Vital statistics of India. Vol. VI, European troops 1870-79
Year: 1870
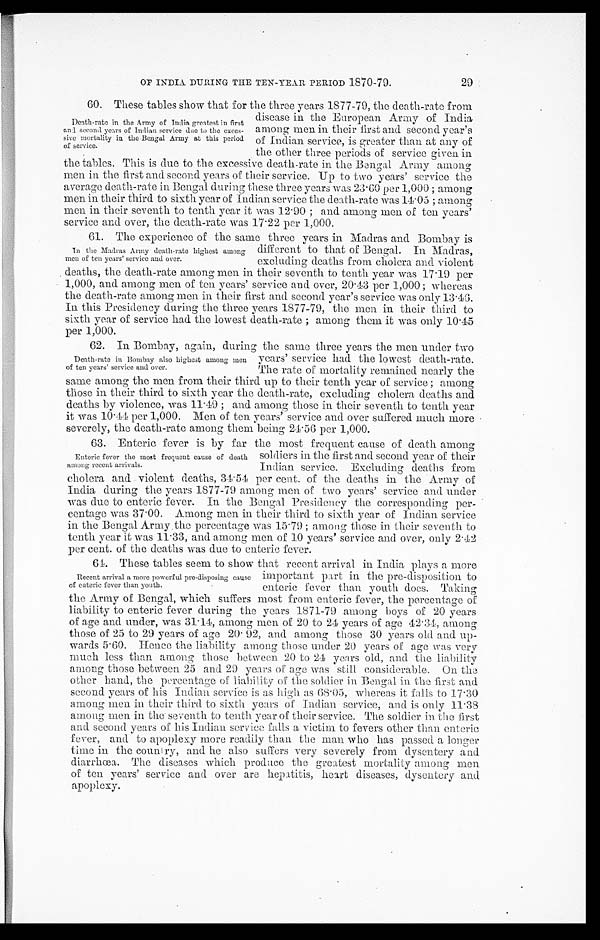
OF INDIA DURING THE TEN-YEAR PERIOD 1870-79.
60. These tables show that for the three years 1877-79, the death-rate from
disease in the European Army of India
among men in their first and second year's
of Indian service, is greater than at any of
the other three p
eriods of service given in
the tables. This is due to the excessive death-rate in the Bengal Army among
men in the first and second years of their service. Up to two years' service the
average death-rate in Bengal during these three years was 2
3
.
60 per 1,000 ; among
men in their third to sixth year of Indian service the death-rate was 1
4
.
05 ; among
men in their seventh to tenth year it was 12
.
90 ; and among men of ten years'
service and over, the death-rate was 17
.
22 per 1,000.
61. The experience of the same three years in Madras and Bombay is
2 9
Death-rate in the Army of India greatest in first
and second years of Indian service due to the exces-
sive mortality in the Bengal Army at this period
of service.
In the Madras Army death-rate highest among
men of ten years' service and over.
different to that of Bengal. In Madras,
excluding deaths from cholera and violent
deaths, the death-rate among men in their seventh to tenth year was 17
.
19 per
1,000, and among men of ten years' service and over, 20
.
43 per 1,000 ; whereas
the death-rate among men in their first and second year's service was only 13
.
46.
In this Presidency during the three years 1877-79, the men in their third to
sixth year of service had the lowest death-rate ; among them it was only 10
.
45
per 1,000.
62. In Bombay, again, during the same three years the men under two
Death-rate in Bombay also highest among men
of ten years' service and over.
years' service had the lowest death-rate.
The rate of mortality remained nearly the
same among the men from their third up to their tenth year of service ; among
those in their third to sixth year the death-rate, excluding cholera deaths and
deaths by violence, was
11
.
49 ; and among those in their seventh to tenth year
it was 10 .44 per 1,000. Men of ten years' service and over suffered much more
severely, the death-rate among them being 2
4
.
56 per 1,000.
63. Enteric fever is by far the most frequent cause of death among
Enteric fever the most frequent cause of death
among recent arrivals.
soldiers in the first and second year of their
Indian service. Excluding deaths from
cholera and violent deaths,
34
.
54 per cent. of the deaths in the Army of
India during the years 1877-79 among men of two years' service and under
was due to enteric fever. In the Bengal Presidency the corresponding per-
centage was 37
.
00. Among men in their third to sixth year of Indian service
in the Bengal Army the percentage was 15
.
79 ; among those in their seventh to
tenth year it was 11 . 33, and among men of 10 years' service and over, only 2
.
42
per cent. of the deaths was due to enteric fever.
64. These tables seem to show that recent arrival in India plays a more
Recent arrival a more powerful pre-disposing cause
of enteric fever than youth.
important part in the pre-disposition to
enteric fever than youth does. Taking
the Army of Bengal, which suffers most from enteric fever, the percentage of
liability to enteric fever during the years 1871-79 among boys of 20 years
of age and under, was 31 . 14, among men of 20 to 24 years of age 42 .34, among
those of 25 to 29 years of age 20
.
92, and among those 30 years old and up-
wards 5
.
60. Hence the liability among those under 20 years of age was very
much less than among those between 20 to 24 years old, and the liability
among those between 25 and 29 years of age was still considerable. On the
other hand, the percentage of liability of the soldier in Bengal in the first and
second years of his Indian service is as high as 68 . 05, whereas it falls to 17
.
30
among men in their third to sixth years of Indian service, and is only 11
.
38
among men in the seventh to tenth year of their service. The soldier in the first
and second years of his Indian service falls a victim to fevers other than enteric
fever, and to apoplexy more readily than the man who has passed a longer
time in the country, and he also suffers very severely from dysentery and
diarrhœa. The diseases which produce the greatest mortality among men
of ten years' service and over are hepatitis, heart diseases, dysentery and
apoplexy.